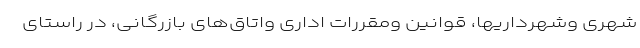
شهری وشهرداریها، قوانین ومقررات اداری واتاق‌های بازرگانی، در راستای